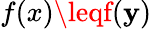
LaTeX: f(x)\leqf(\mathbf{y})